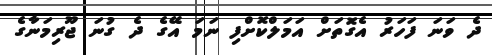
ދެ ވަނަ ފަހަރު އެގޮތަށް އަމަލްކޮށްފި ނަމަ އޭގެ ދެ ގުނަ ޖޫރިމަނާގެ